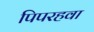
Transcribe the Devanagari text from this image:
पिपरहवा